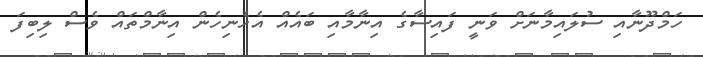
ހަމްދޫނާއި ސުލައިމާނަށް ވަނީ ފައިސާގެ އިނާމާއި ބައެއް އެހެނިހެން އިނާމްތައް ވެސް ލިބިފަ